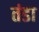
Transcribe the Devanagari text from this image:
तंडा